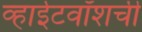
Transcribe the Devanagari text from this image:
व्हाईटवॉशची